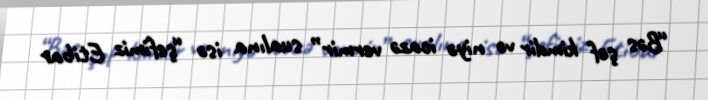
“Bəs şef kimdir və niyə icazə vermir” sualına isə “şefimiz Etibar